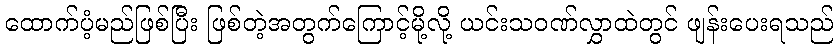
ထောက်ပံ့မည်ဖြစ်ပြီး ဖြစ်တဲ့အတွက်ကြောင့်မို့လို့ ယင်းသဝဏ်လွှာထဲတွင် ဖျန်းပေးရသည်